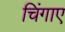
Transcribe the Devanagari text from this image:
चिंगाए